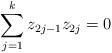
LaTeX: \begin{align*}\sum_{j=1}^k z_{2j-1}z_{2j} = 0 \end{align*}